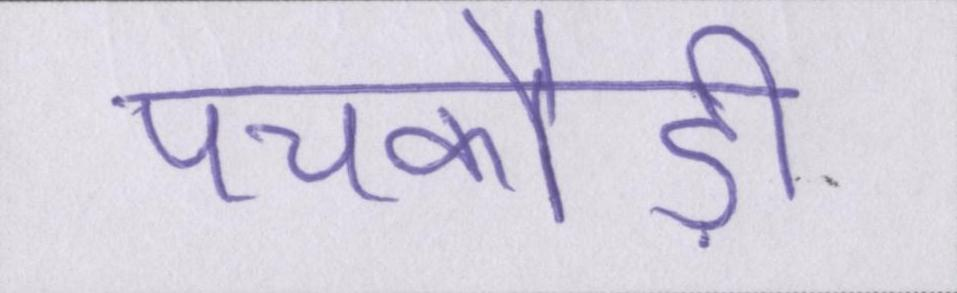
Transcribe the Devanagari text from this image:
पचकौड़ी